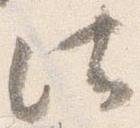
法